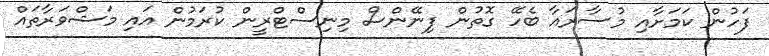
ފަހުން ކަމަށާއި މުސާރައާ ބެހޭ ގޮތުން ފިނޭންސް މިނިސްޓްރީން ކުރަމުން އައި މަޝްވަރާތައް